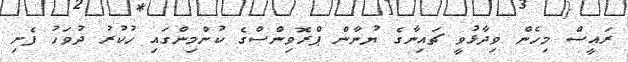
ރައީސް މިހެން ވިދާޅުވީ ޗައިނާގެ ޔުނާން ޕްރޮވިންސްގެ ކުންމިންގައި ހުކުރު ދުވަހު ފެށި